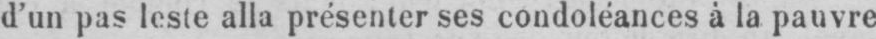
d’un pas leste alla présenter ses condoléances à la pauvre